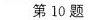
第10题